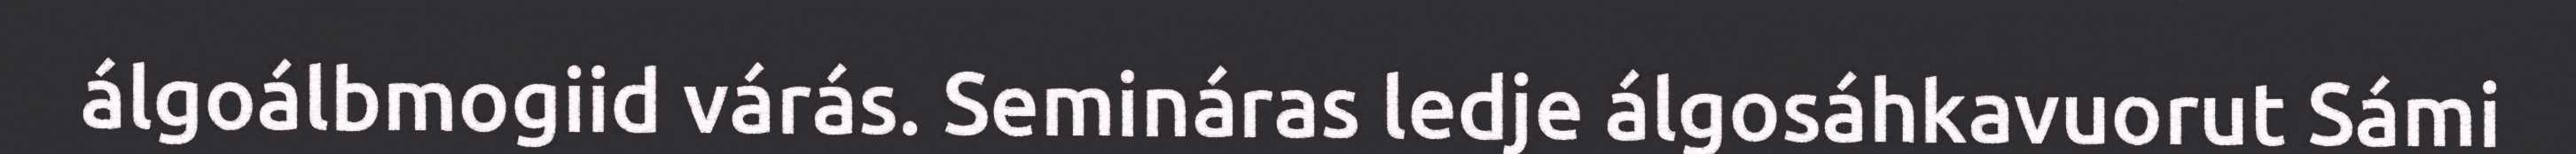
álgoálbmogiid várás. Semináras ledje álgosáhkavuorut Sámi